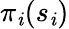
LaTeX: \pi_{\mathit{i}}(s_{\mathit{i}})